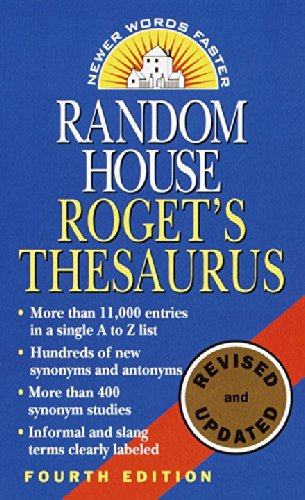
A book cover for Random House Roget's Thesaurus; Random House; Reference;